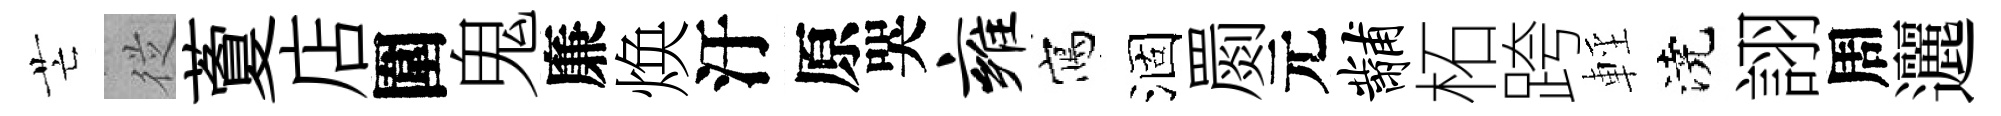
芒従藑店圍鬼廉焕汙原哭雍寫涸罽元黼柘跨輕澆詡周邐